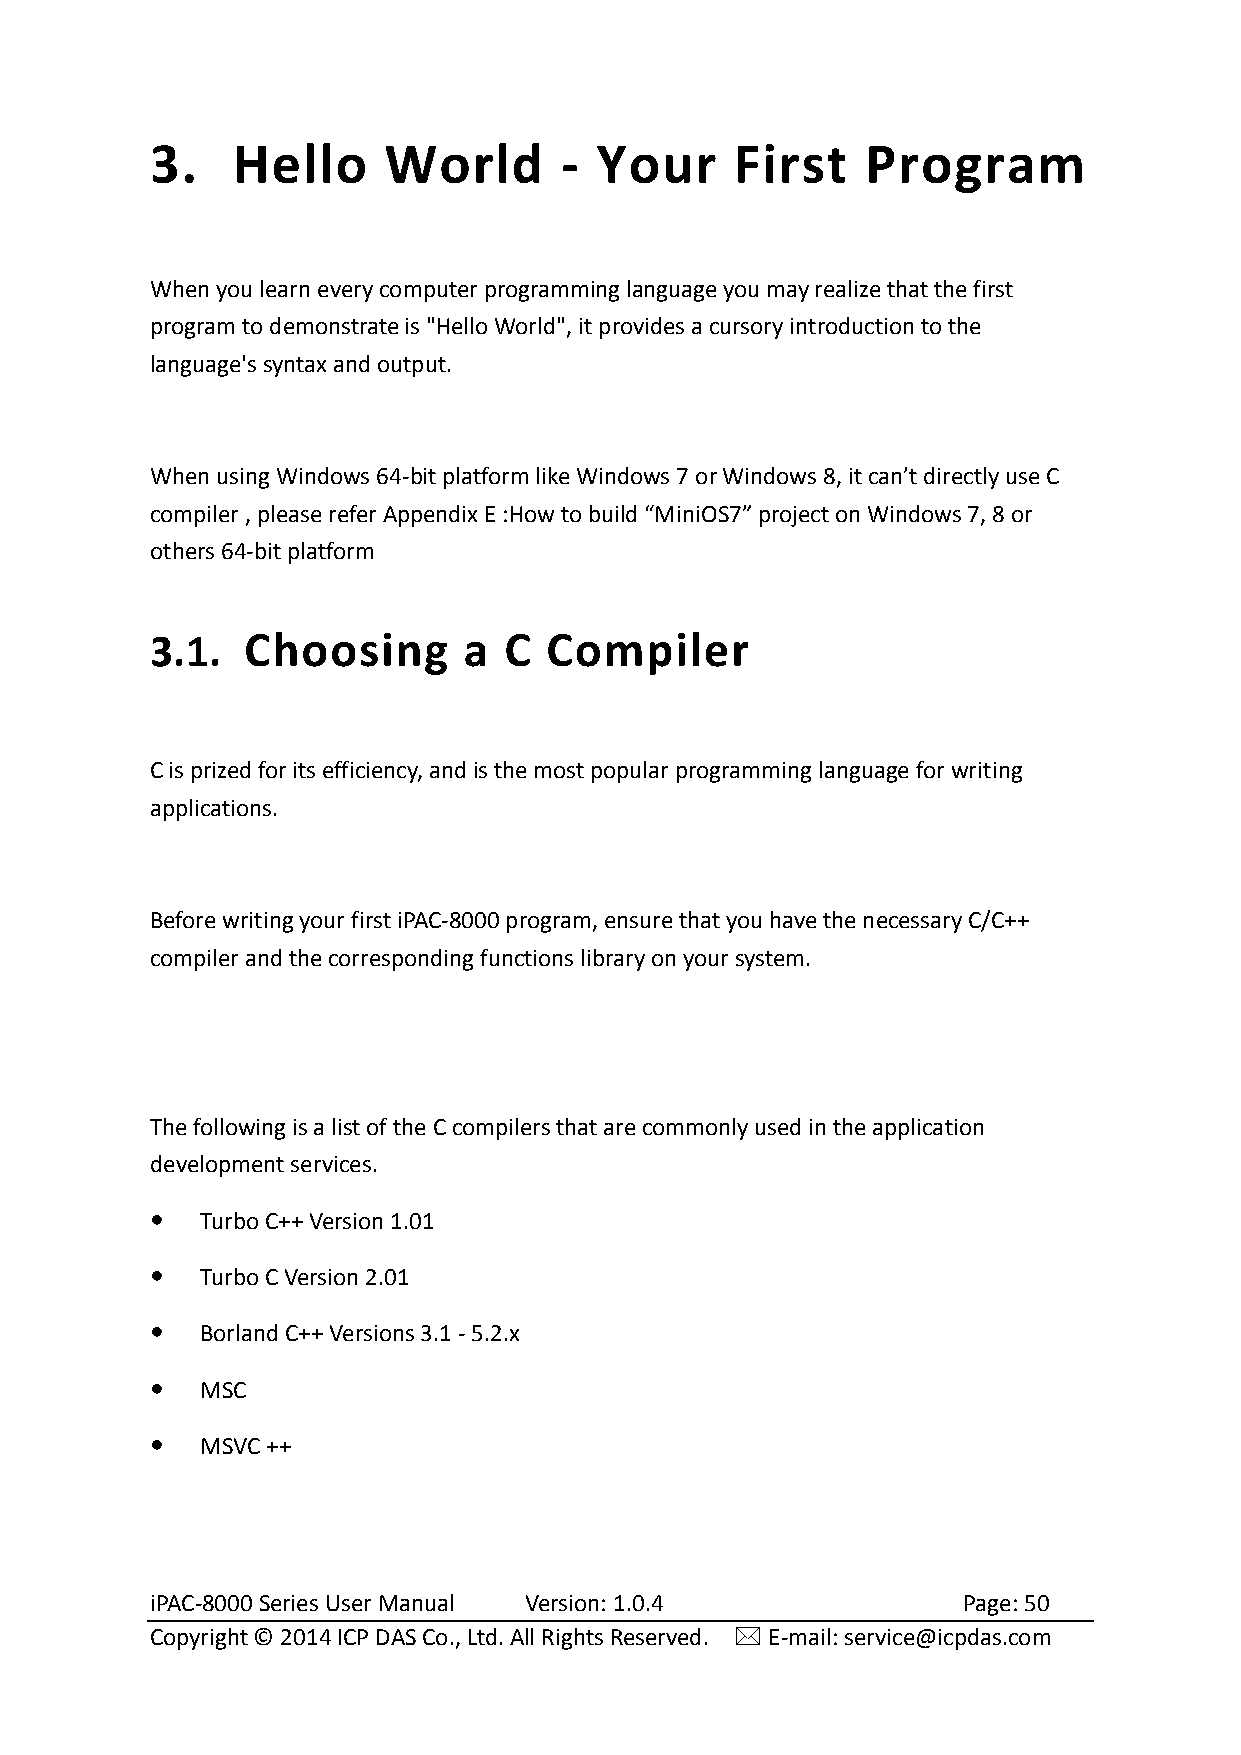
3.   Hello     World       - Your      First   Program
 When you learn every computer programming language you may realize that the first
 program to demonstrate is "Hello World", it provides a cursory introduction to the
 language's syntax and output.
 When using Windows 64-bit platform like Windows 7 or Windows 8, it can’t directly use C
 compiler , please refer Appendix E :How to build “MiniOS7” project on Windows 7, 8 or
 others 64-bit platform
 3.1.  Choosing       a C  Compiler
 C is prized for its efficiency, and is the most popular programming language for writing
 applications.
 Before writing your first iPAC-8000 program, ensure that you have the necessary C/C++
 compiler and the corresponding functions library on your system.
 The following is a list of the C compilers that are commonly used in the application
 development services.
   Turbo C++ Version 1.01
   Turbo C Version 2.01
   Borland C++ Versions 3.1 - 5.2.x
   MSC
   MSVC ++
 iPAC-8000 Series User Manual Version: 1.0.4           Page: 50
 Copyright © 2014 ICP DAS Co., Ltd. All Rights Reserved.  E-mail: service@icpdas.com